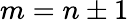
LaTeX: m=n\pm 1